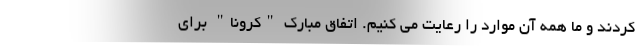
کردند و ما همه آن موارد را رعایت می کنیم. اتفاق مبارک "کرونا" برای